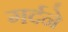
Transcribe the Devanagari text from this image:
गर्दने